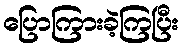
ပြောကြားခဲ့ကြပြီး